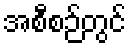
အစီစဉ်တွင်